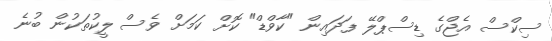
ސިކްސް އެޖްގެ ޑިސްޕްލޭ ފަދައިން "ކާވްޑް" ކޮށް ކަމަށް ވެސް ލީކުތަކުން ބުނެ